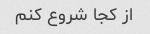
از کجا شروع کنم